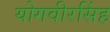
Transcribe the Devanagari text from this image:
योगवीरसिंह